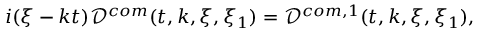
\begin{array} { r } { i ( \xi - k t ) \mathcal { D } ^ { c o m } ( t , k , \xi , \xi _ { 1 } ) = \mathcal { D } ^ { c o m , 1 } ( t , k , \xi , \xi _ { 1 } ) , } \end{array}